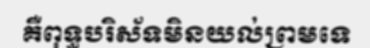
គឺពុទ្ធបរិស័ទមិនយល់ព្រមទេ